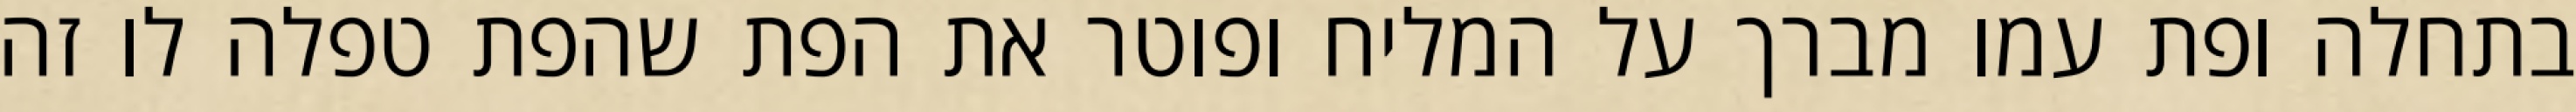
בתחלה ופת עמו מברך על המליח ופוטר את הפת שהפת טפלה לו זה